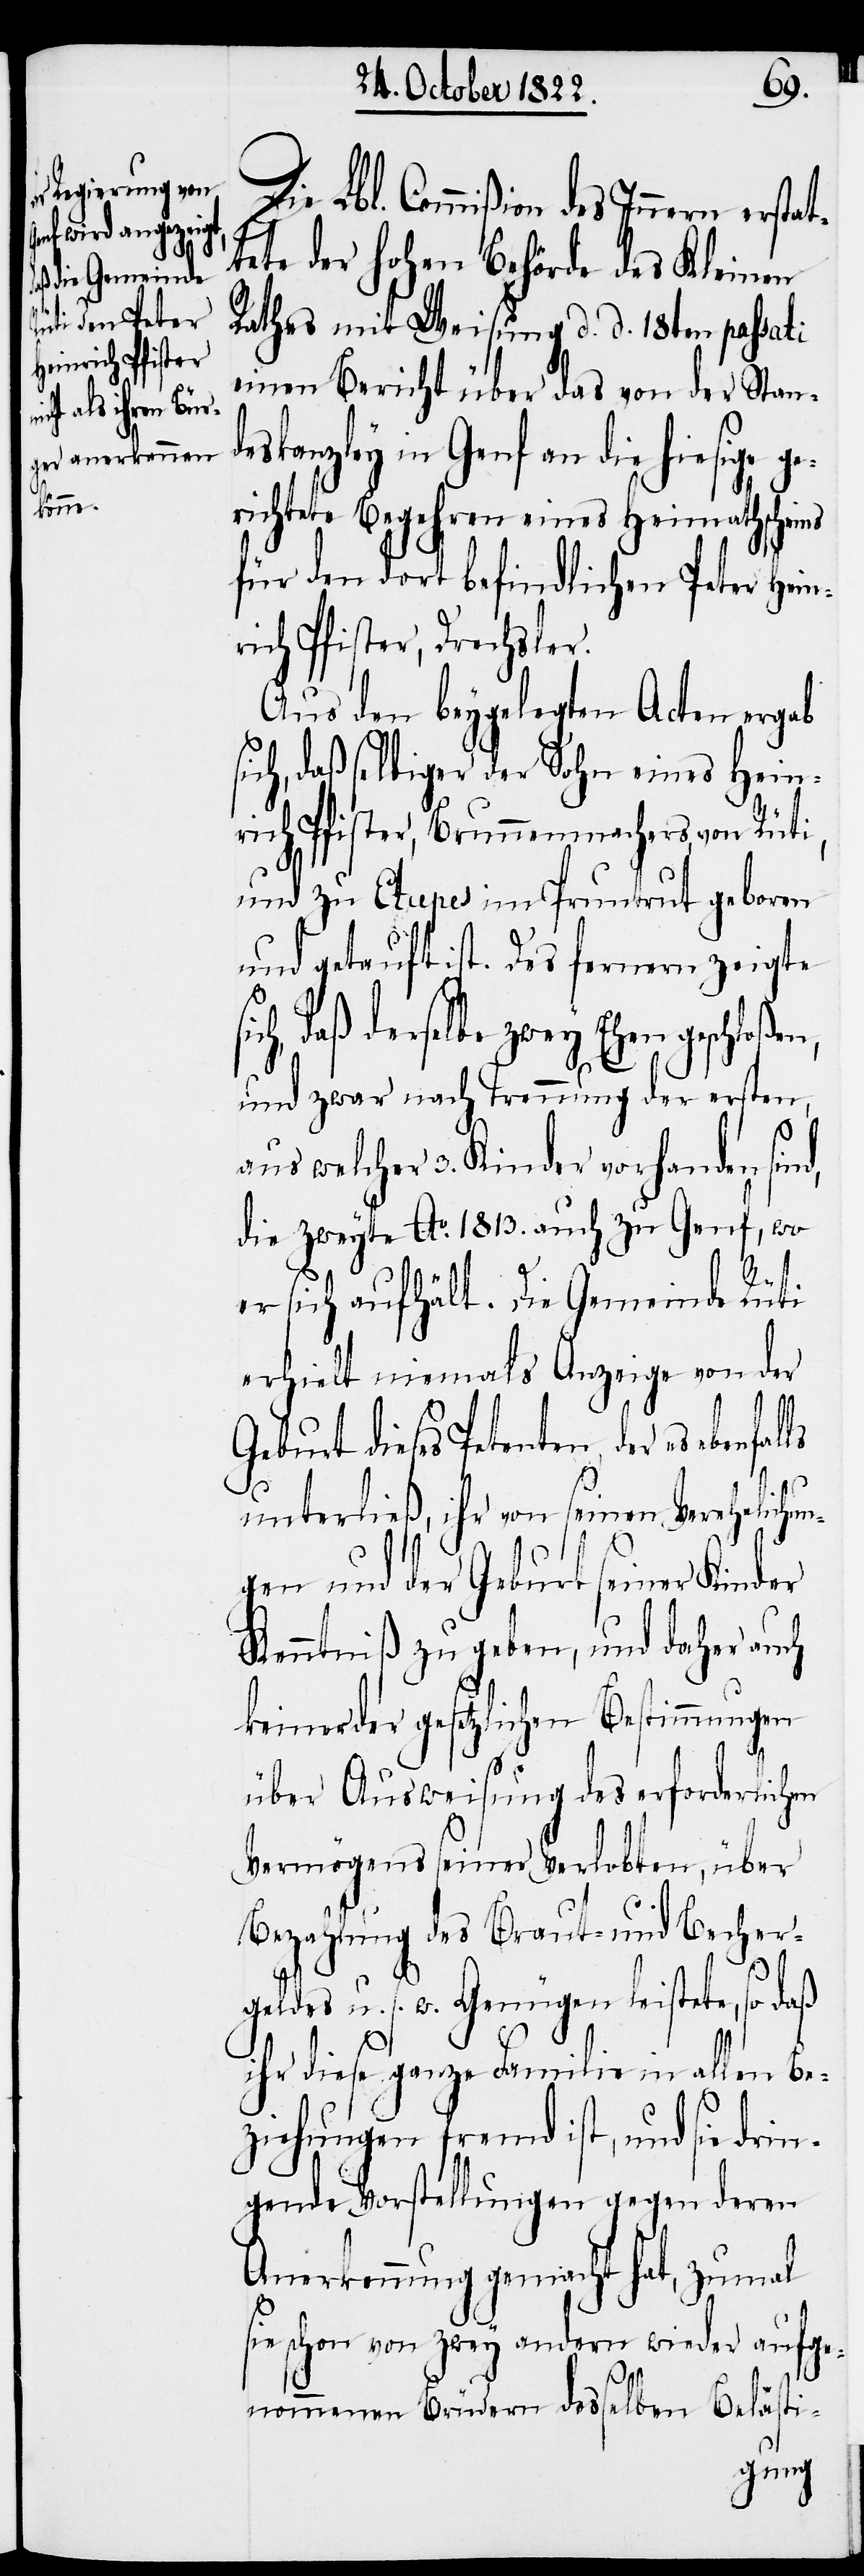
Die Lbl. Commißion des Innern ersta¬
tete der hohen Behörde des Kleinen
Rathes mit Weisung d. d. 18ten passati
einen Bericht über das von der Stan¬
deskanzley in Genf an die hiesige g¬
richtete Begehren eines Heimathschei¬
für den dort befindlichen Peter Hein¬
rich Pfister, Drechsler.
Aus den beygelegten Acten ergab
ich, daß selbiger der Sohn eines Hein¬
rich Pfister, Brunnenmachers, von Rüti,
und zu Etupes im Pruntrut geboren
und getauft ist. Des fernern zeigte
daß derselbe zwey Ehen
und zwar nach Trennung der ersten,
aus welcher 3. Kinder vorhanden sind,
die zweyte Ao. 1813. auch zu Genf, wo
er sich aufhält. Die Gemeinde Rüti
erhielt niemals Anzeige von der
ls
Geburt dieses Petenten, der es ebenfal¬
unterließ, ihr von seinen Verehelichu¬
ngen und der Geburt seiner Kinder
Kenntniß zu geben, und daher auch
keiner der gesetzlichen Bestimmungen
über Ausweisung des erforderlichen
Vermögens seiner Verlobten, über
Bezahlung des Braut- und Becher¬
geldes u. s. w. Genügen leistete, so daß
ihr diese ganze Familie in allen Be¬
ziehungen fremd ist, und sie dri¬
ngende Vorstellungen gegen deren
Anerkennung gemacht hat, zumal
sie schon von zwey andern wieder aufge¬
nommenen Brüdern desselben Belästi-